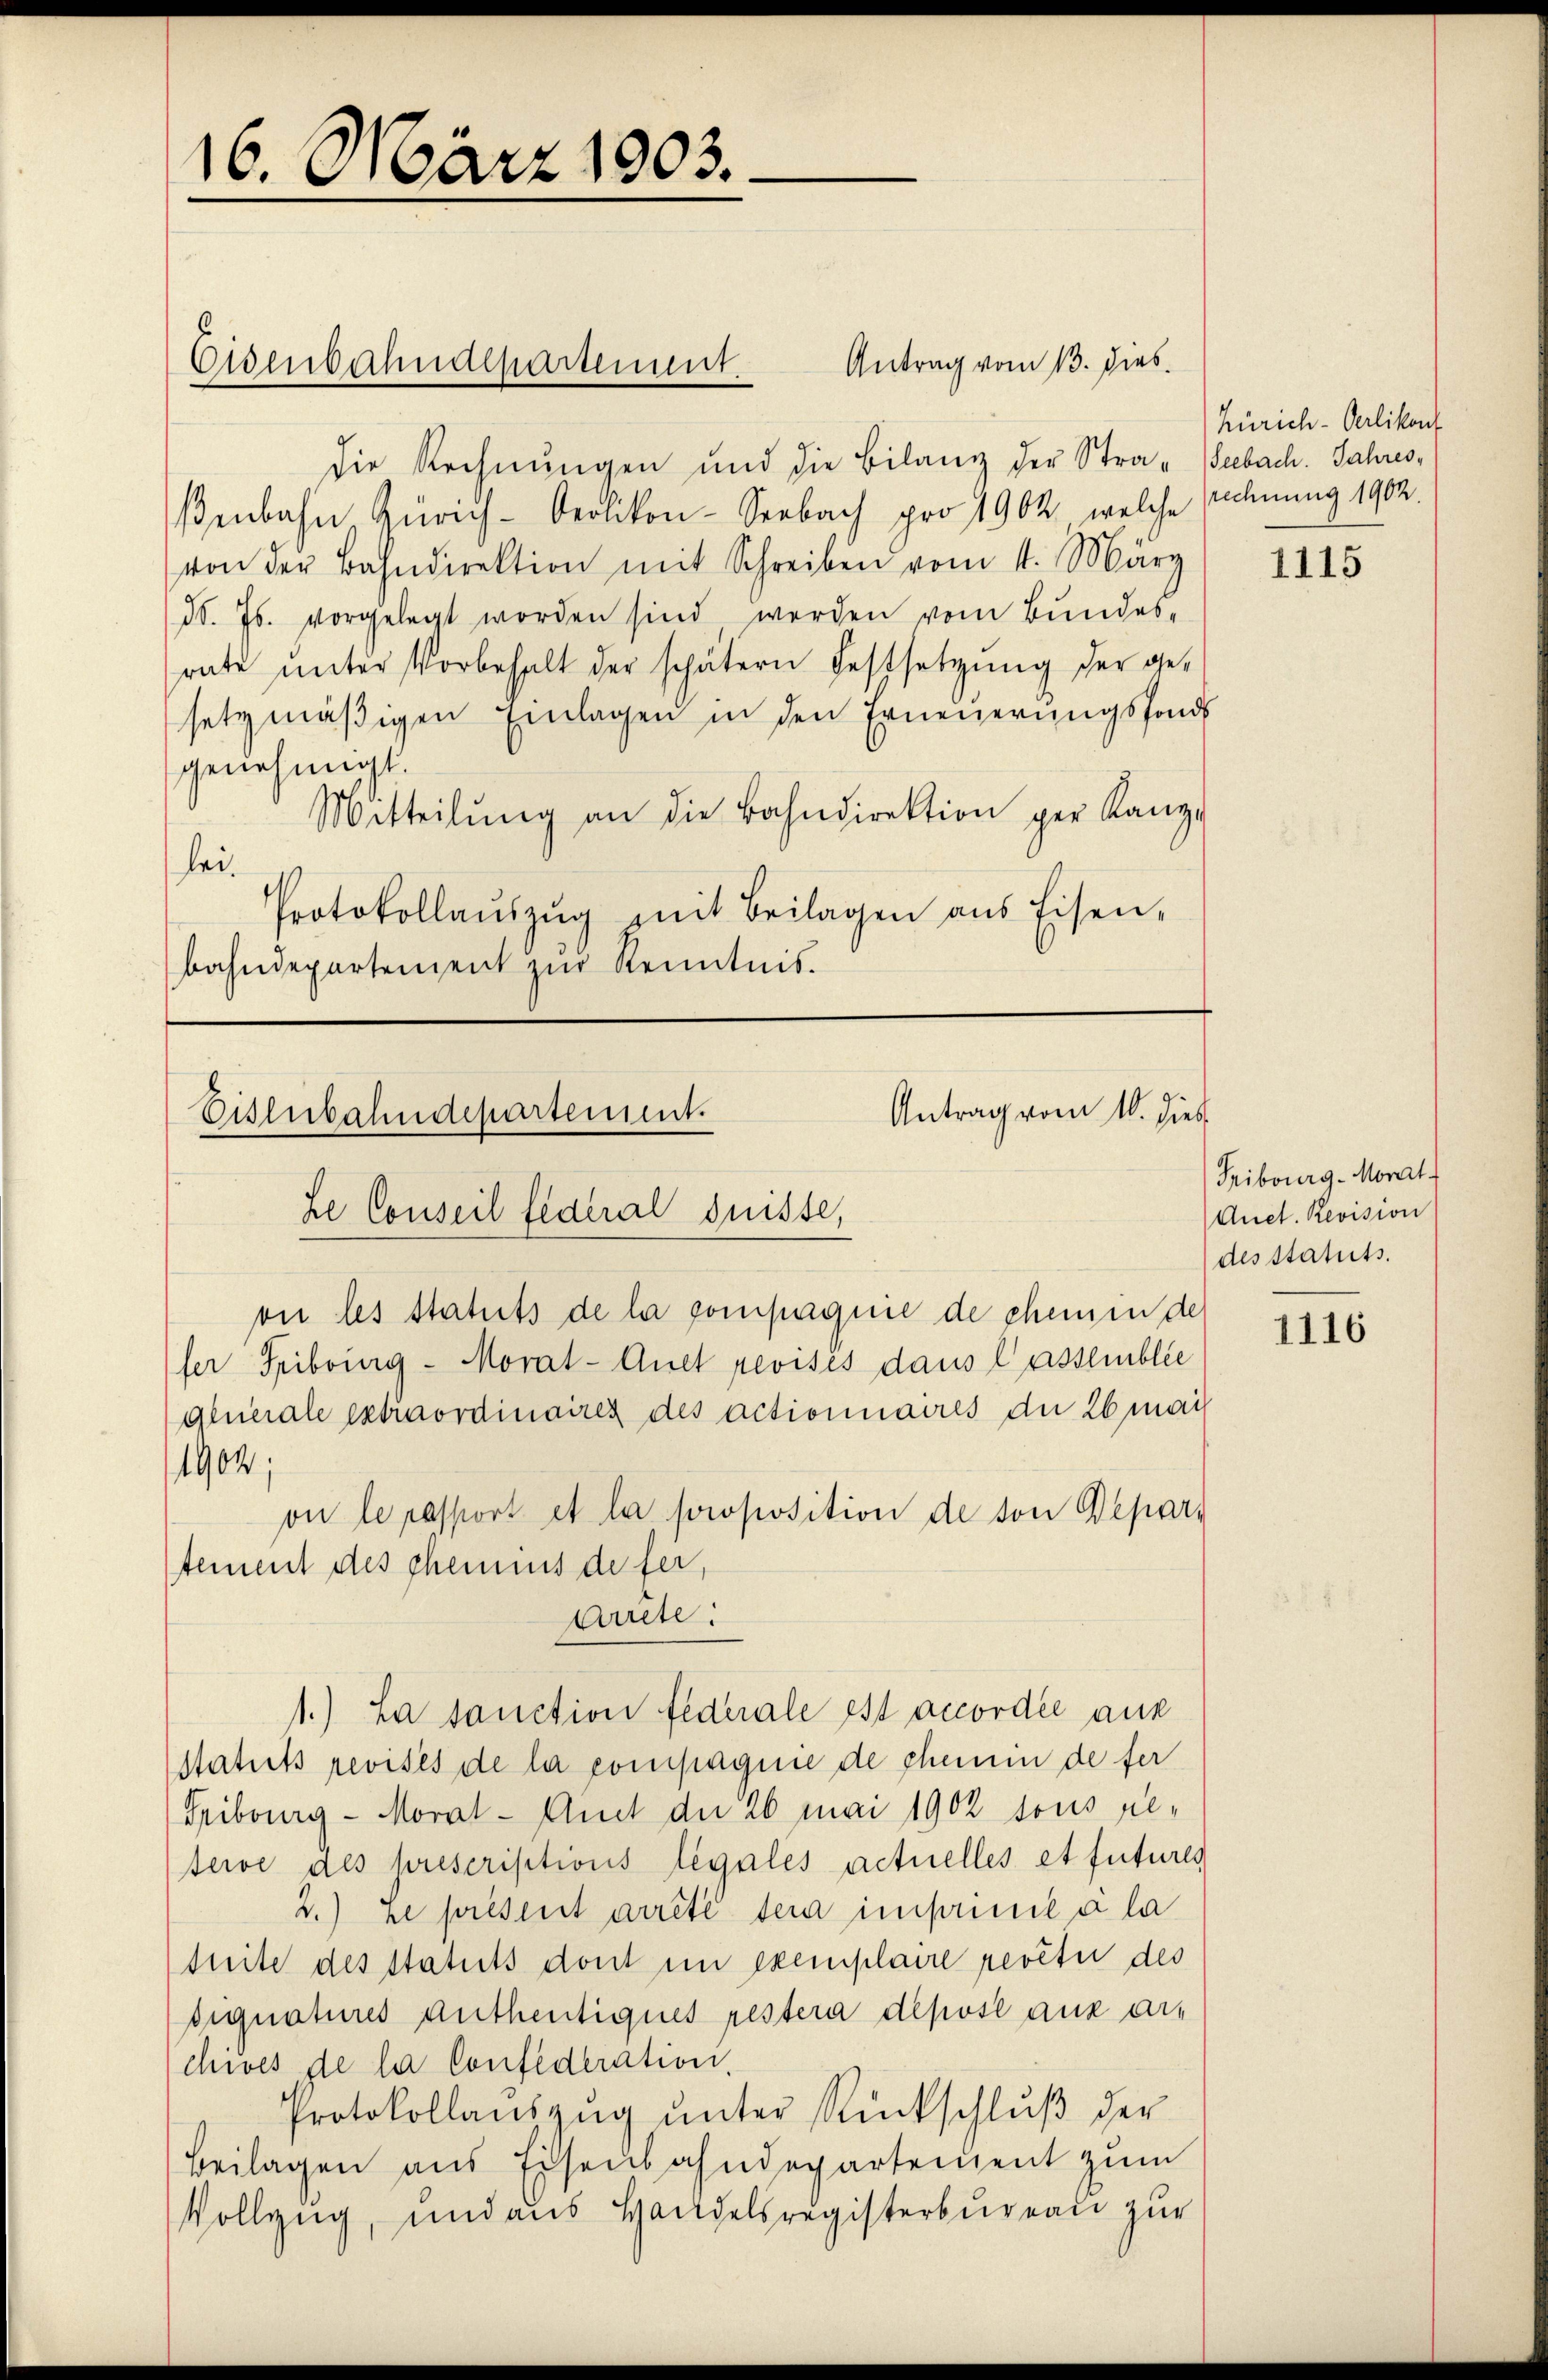
16. März 1803.

Antrag vom 13. dies
die Rechnungen und die Bilanz der Stra-Seebach. Jahresßenbahn Zürich-Oerlikon-Seebach pro 1902, welche Rechnung 1902.
von der Bahndirektion mit Schreiben vom 11. März
d. Js. vorgelegt worden sind werden vom Bundes-
rate unter Vorbehalt der schätern Festsetzung der gesetzmäßigen Einlagen in den Erneuerungsfonds
genehmigt.
Mitteilŭng an die Bahndirektion per Kanz-
lei.
Protokollauszug mit Beilagen aus Eisen,
bahndepartement zur Kenntnis.

Eisenbahndepartement.

Antrag vom 10. dies
Eisenbahndepartement.
he Conseil fédéral Suisse,
oir les statuts de la compagnie de chemen de

fer Fribourg - Morat-Auet revises dans lassemblée
statuts revises de la compagnie de phemen de fer
Gribourg - Moral - Amt der 26 mai 1902 sous peterve des prescriptions légales actuelles et futures
2.) ne présent arrêté sera imprimie a la
tuite des Statuts dont in exemplaire revêtir des
signatures Anthentiques restera déposé aux archives de la Confederation,
Protokollanszŭg ŭnter Rückschlŭβ der
Beilagen aus Eisenbahndepartement zum
Vollzug, und aus Handelsregisterbureau zur

glüerale extraordinaires des actionnaires der 26 mai
1904;
on le resport et la proposition de von Departement des chemnis de fer,
Arrete:
1.) La sanction federale est accordée aus

Zürich-Oerlikon

1115

Fribourg-Morat
Anet. Revision
des statuts.

1116